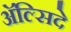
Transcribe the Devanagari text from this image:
अॅल्सिदे